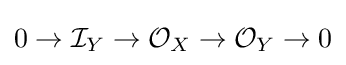
0\to {\mathcal {I}}_{Y}\to {\mathcal {O}}_{X}\to {\mathcal {O}}_{Y}\to 0